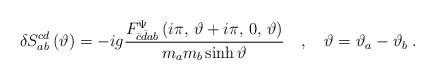
\begin{align*}\delta S^{cd}_{ab}\left( \vartheta \right) =-ig \frac{F_{\bar{c}\bar{d}ab}^{\Psi }\left( i\pi ,\, \vartheta +i\pi ,\, 0,\, \vartheta \right) }{m_{a}m_{b}\sinh \vartheta }\quad ,\quad \vartheta =\vartheta _{a}-\vartheta _{b}\: .\end{align*}